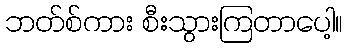
ဘတ်စ်ကား စီးသွားကြတာပေါ့။